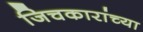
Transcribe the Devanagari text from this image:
जिचकारांच्या